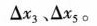
△x_{3}﹑△x_{5}∘